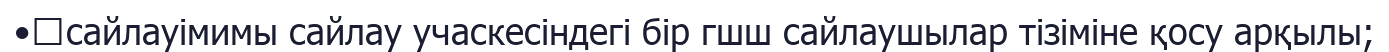
•	сайлауімимы сайлау учаскесіндегі бір гшш сайлаушылар тізіміне қосу арқылы;